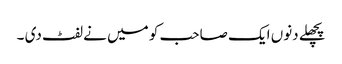
پچھلے دنوں ایک صاحب کو میں نے لفٹ دی ۔